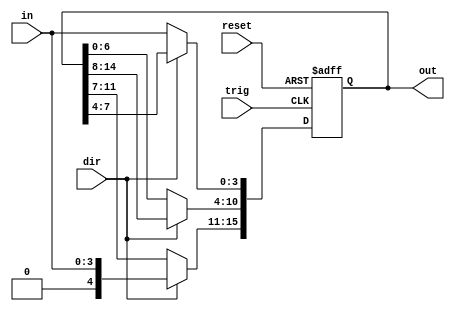
module shift_reg #(
        parameter COUNT = 4,
        parameter WIDTH = 4
    ) (
        input trig, reset, dir, // Left = 0, Right = 1
        input [WIDTH-1:0] in,
        output reg [(COUNT*WIDTH)-1:0] out
    );
    always @ (posedge trig, negedge reset) begin
        if (~reset)
            out <= 0;
        else begin
            if (dir) begin // 1 = Right
                out <= out >> WIDTH;
                out[(COUNT*WIDTH)-1:((COUNT*WIDTH)-1)-WIDTH] <= in;
            end
            else begin // 0 = Left
                out <= out << WIDTH;
                out[WIDTH-1:0] <= in;
            end
        end
    end
endmodule